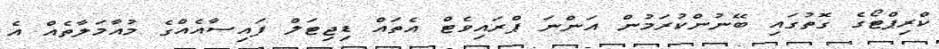
ކްރިޕްޓޯގެ ގޮތުގައި ބޭނުންކުރަމުން އަންނަ ޕްރައިވެޓް އެތައް ޑިޖިޓަލް ފައިސާއެއްގެ މުއާމަލާތެއް އެ